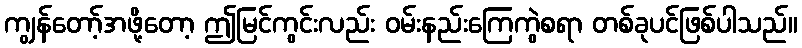
ကျွန်တော့်အဖို့တော့ ဤမြင်ကွင်းလည်း ဝမ်းနည်းကြေကွဲစရာ တစ်ခုပင်ဖြစ်ပါသည်။